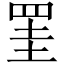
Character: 罣